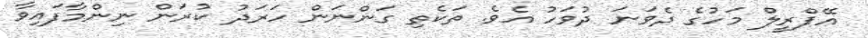
އޭޕްރީލް މަހުގެ ދެވަނަ ދުވަހު އެވެ. ތަކެތި ގަންނަން ހަރަދު ކުރަން ނިންމާފައިވާ